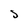
Character: 5